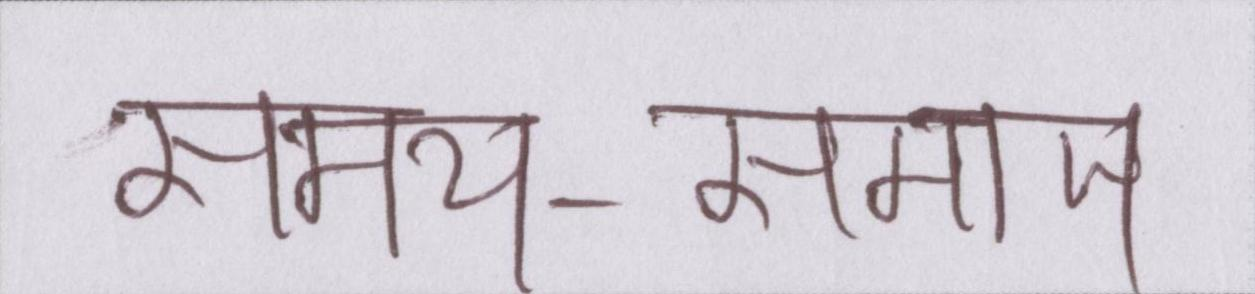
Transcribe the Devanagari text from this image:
समय-समाज